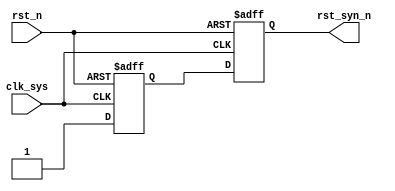
// Change date : 2022/08/08
// Change log  : Asynchronous reset synchronous release

module RST_N_SYN(
    clk_sys,    // Chip clock 
    rst_n,      // Asynchronous rst_n
	rst_syn_n
);

input clk_sys;         // Chip clock 
input rst_n;           // external reset signal 
output reg rst_syn_n; // synchronous reset signal

reg rst_syn_n_buf;
always @(posedge clk_sys or negedge rst_n) begin
	if(~rst_n) begin
		rst_syn_n_buf <= 1'b0;
		rst_syn_n <= 1'b0;
	end else begin
		rst_syn_n_buf <= 1'b1;
		rst_syn_n <= rst_syn_n_buf;		
	end
end

endmodule